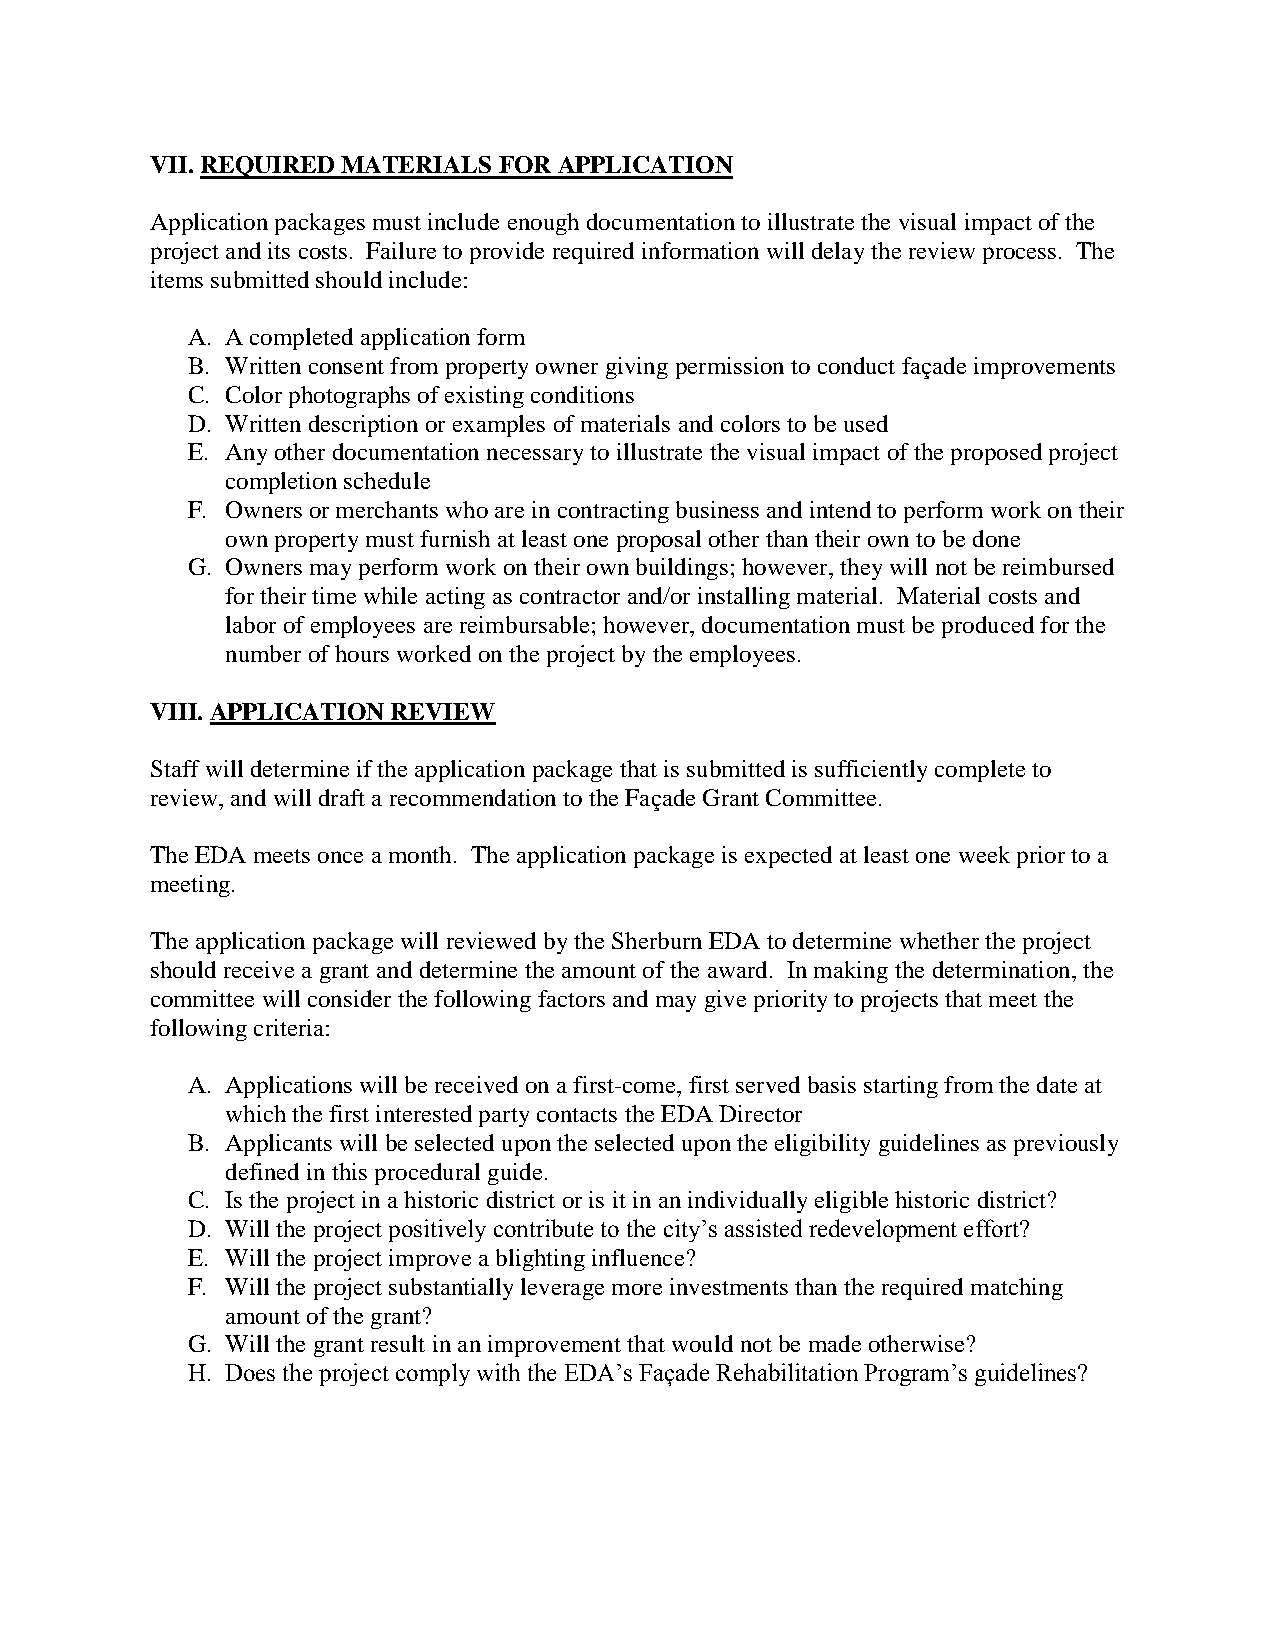
VII. REQUIRED MATERIALS FOR APPLICATION
 Application packages must include enough documentation to illustrate the visual impact of the
 project and its costs. Failure to provide required information will delay the review process. The
 items submitted should include:
 A. A completed application form
 B. Written consent from property owner giving permission to conduct façade improvements
 C. Color photographs of existing conditions
 D. Written description or examples of materials and colors to be used
 E. Any other documentation necessary to illustrate the visual impact of the proposed project
 completion schedule
 F. Owners or merchants who are in contracting business and intend to perform work on their
 own property must furnish at least one proposal other than their own to be done
 G. Owners may perform work on their own buildings; however, they will not be reimbursed
 for their time while acting as contractor and/or installing material. Material costs and
 labor of employees are reimbursable; however, documentation must be produced for the
 number of hours worked on the project by the employees.
 VIII. APPLICATION REVIEW
 Staff will determine if the application package that is submitted is sufficiently complete to
 review, and will draft a recommendation to the Façade Grant Committee.
 The EDA meets once a month. The application package is expected at least one week prior to a
 meeting.
 The application package will reviewed by the Sherburn EDA to determine whether the project
 should receive a grant and determine the amount of the award. In making the determination, the
 committee will consider the following factors and may give priority to projects that meet the
 following criteria:
 A. Applications will be received on a first-come, first served basis starting from the date at
 which the first interested party contacts the EDA Director
 B. Applicants will be selected upon the selected upon the eligibility guidelines as previously
 defined in this procedural guide.
 C. Is the project in a historic district or is it in an individually eligible historic district?
 D. Will the project positively contribute to the city’s assisted redevelopment effort?
 E. Will the project improve a blighting influence?
 F. Will the project substantially leverage more investments than the required matching
 amount of the grant?
 G. Will the grant result in an improvement that would not be made otherwise?
 H. Does the project comply with the EDA’s Façade Rehabilitation Program’s guidelines?